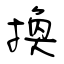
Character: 換